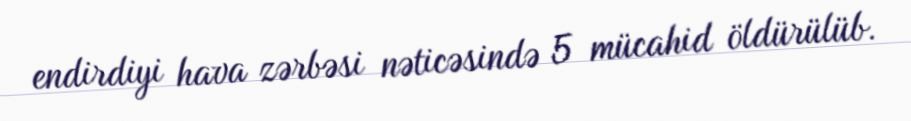
endirdiyi hava zərbəsi nəticəsində 5 mücahid öldürülüb.